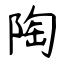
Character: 陶